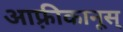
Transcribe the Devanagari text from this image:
आफ़्रीकानूस्